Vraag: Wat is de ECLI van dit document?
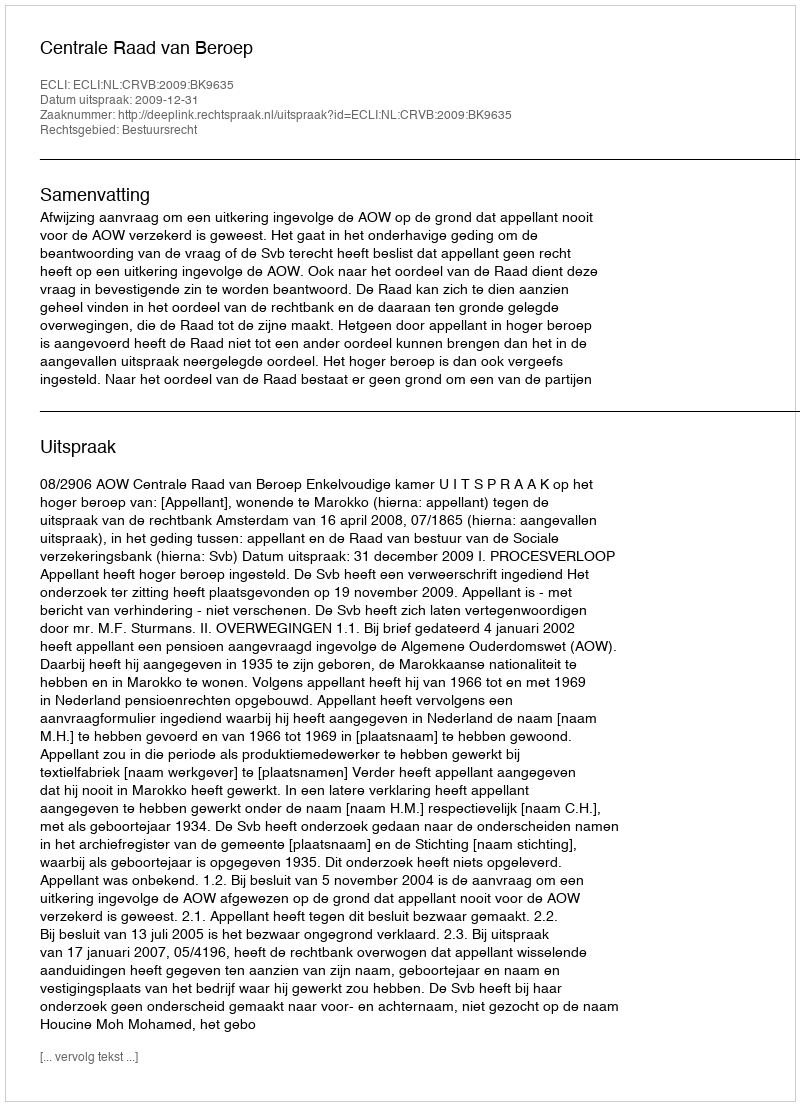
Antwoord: ECLI:NL:CRVB:2009:BK9635